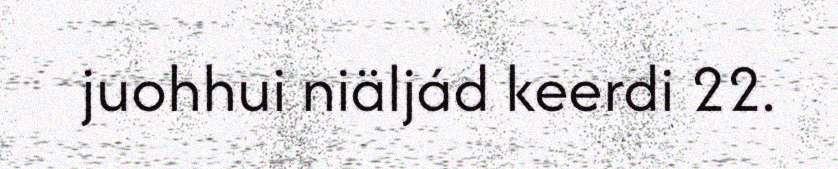
juohhui niäljád keerdi 22.